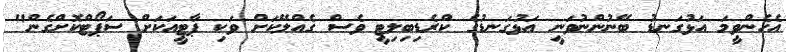
އެހެންވީމަ އަޅުގަނޑު ބޭނުންނުވަނީ އަޅުގަނޑުގެ ކްރެޑިބިލިޓީ ވެސް ގެއްލޭކަށް ވަކި ޕާޓީއަކަށް ސަޕޯޓްކޮށްގެން"